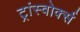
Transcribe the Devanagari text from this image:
ट्रांस्वोर्क्स